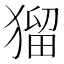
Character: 𤠑